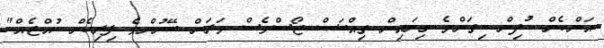
އަންހެން ކުދިން ކިތަންމެ ގިނައިން ތިއްބަސް ޖޯސްވެސް ވަރަށް ބޭނުންވެ ފިރިހެން ކުއްޖެއް"